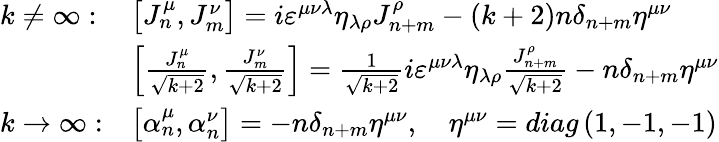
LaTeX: \begin{array}{ll}{{k\neq\infty:}}&{{\left[J_{n}^{\mu},J_{m}^{\nu}\right]=i\varepsilon^{\mu\nu\lambda}\eta_{\lambda\rho}J_{n+m}^{\rho}-(k+2)n\delta_{n+m}\eta^{\mu\nu}}}\\ {{}}&{{\left[\frac{J_{n}^{\mu}}{\sqrt{k+2}},\frac{J_{m}^{\nu}}{\sqrt{k+2}}\right]=\frac 1{\sqrt{k+2}}i\varepsilon^{\mu\nu\lambda}\eta_{\lambda\rho}\frac{J_{n+m}^{\rho}}{\sqrt{k+2}}-n\delta_{n+m}\eta^{\mu\nu}}}\\ {{k\rightarrow\infty:}}&{{\left[\alpha_{n}^{\mu},\alpha_{n}^{\nu}\right]=-n\delta_{n+m}\eta^{\mu\nu},\quad\eta^{\mu\nu}=diag\left(1,-1,-1\right)}}\end{array}